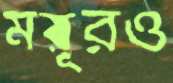
ময়ূরও